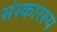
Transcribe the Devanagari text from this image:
संस्काररूप